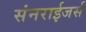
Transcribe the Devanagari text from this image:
संनराईजर्स